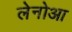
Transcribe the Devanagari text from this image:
लेनोआ